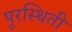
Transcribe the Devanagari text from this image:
पूरस्थिती